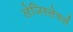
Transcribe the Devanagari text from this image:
लेजिस्लेचर्स